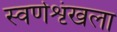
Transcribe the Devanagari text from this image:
स्वर्णशृंखला